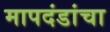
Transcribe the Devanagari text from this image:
मापदंडांचा